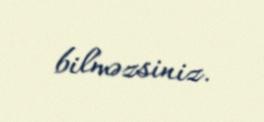
bilməzsiniz.